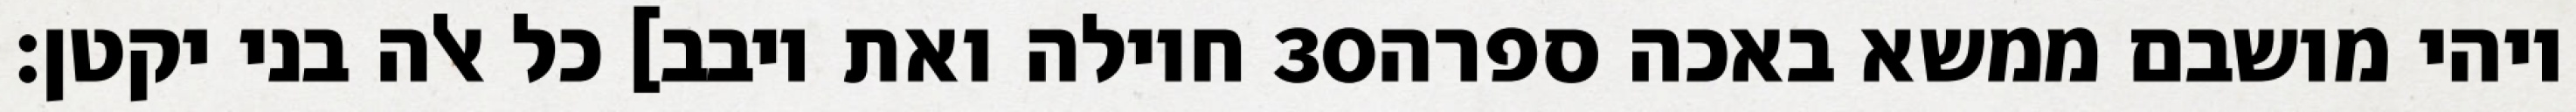
חוילה ואת יובב] כל אלה בני יקטן׃ ‎30‏ ויהי מושבם ממשא באכה ספרה